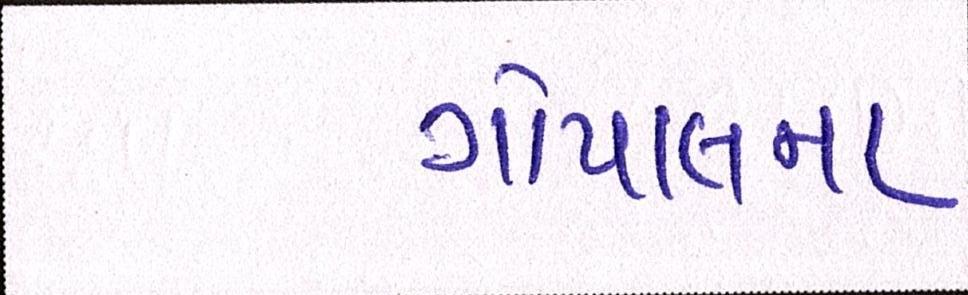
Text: ગોપાલના